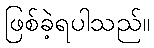
ဖြစ်ခဲ့ရပါသည်။